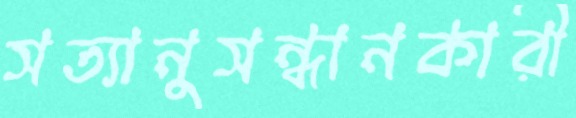
সত্যানুসন্ধানকারী